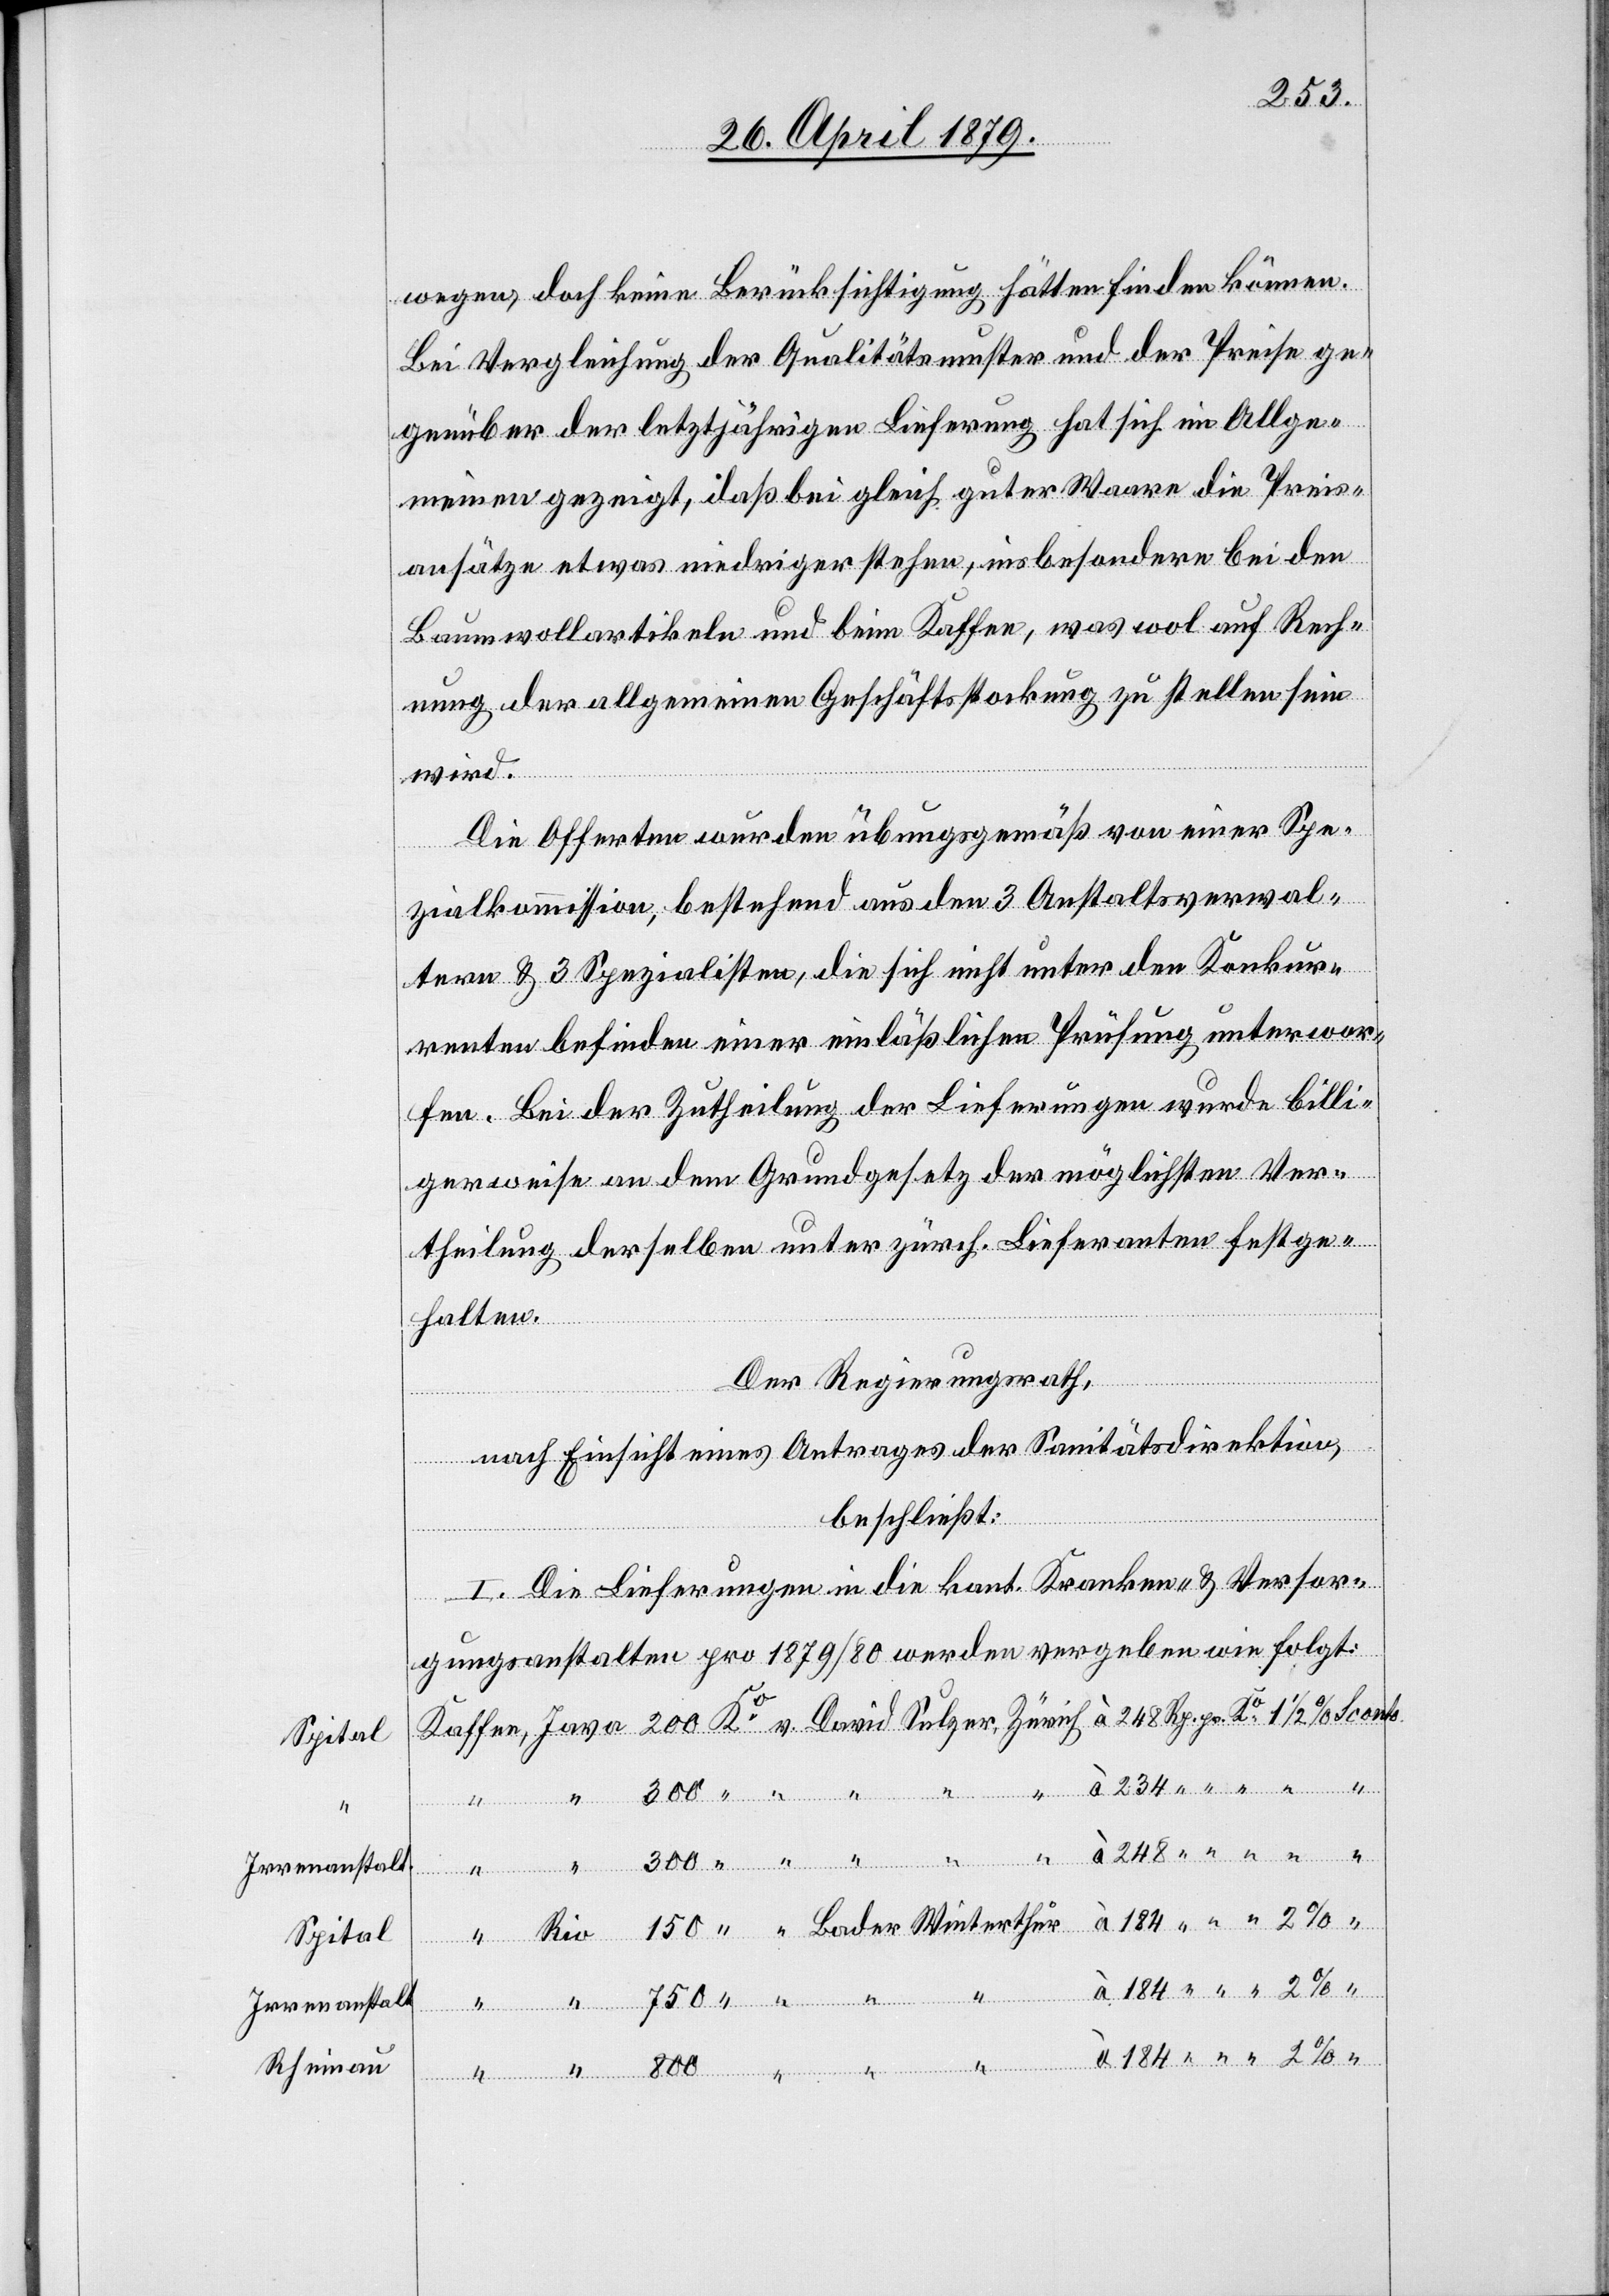
Spital
v.
Irrenanstalt
Spital
Irrenanstalt
Rheinau

800
wegen, doch keine Berücksichtigung hätten finden können.
Bei Vergleichung der Qualitätsmuster und der Preise ge¬
genüber der letztjährigen Lieferung hat sich im Allge¬
meinen gezeigt, daß bei gleich guter Waare die Preis¬
ansätze etwas niedriger stehen, insbesondere bei den
Baumwollartikeln und beim Kaffee, was wol auf Rech¬
nung der allgemeinen Geschäftsstockung zu stellen sein
wird.
Die Offerten wurden übungsgemäß von einer Spe¬
zialkommission, bestehend aus den 3 Anstaltsverwal¬
tern & 3 Spezialisten, die sich nicht unter den Konkur¬
renten befinden einer einläßlichen Prüfung unterwor¬
fen. Bei der Zutheilung der Lieferungen wurde billi¬
gerweise an dem Grundgesetz der möglichsten Ver¬
theilung derselben unter zürch. Lieferanten festge¬
halten.
pr.
Der Regierungsrath,
nach Einsicht eines Antrages der Sanitätsdirektion,
beschließt:
I. Die Lieferungen in die kant. Kranken- & Versor¬
“
gungsanstalten pro 1879/80 werden vergeben wie folgt:
Winterthur